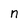
Character: n